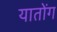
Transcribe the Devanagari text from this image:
यातोंग